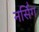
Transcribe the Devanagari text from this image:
नर्सि॑ग